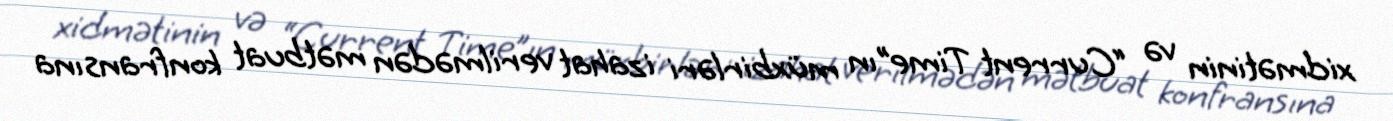
xidmətinin və “Current Time”ın müxbirləri izahat verilmədən mətbuat konfransına